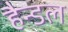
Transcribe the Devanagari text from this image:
हैन्डल